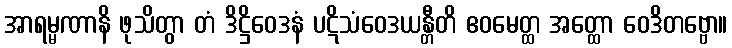
အာရမ္မဏာနိ ဖုသိတွာ တံ ဒိဋ္ဌိဝေဒနံ ပဋိသံဝေဒယန္တီတိ ဧဝမေတ္ထ အတ္ထော ဝေဒိတဗ္ဗော။